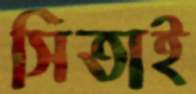
সিতাই